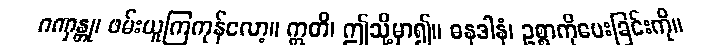
ဂဏှန္တု၊ ဖမ်းယူကြကုန်လော့။ ဣတိ၊ ဤသို့မှာ၍။ ဓနဒါနံ၊ ဥစ္စာကိုပေးခြင်းကို။